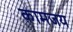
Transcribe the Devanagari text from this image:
कामजय